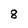
Character: 8